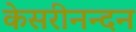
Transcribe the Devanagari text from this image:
केसरीनन्दन